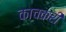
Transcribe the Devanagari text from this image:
काचकरी